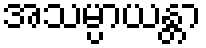
အသမ္ပာယန္တာ